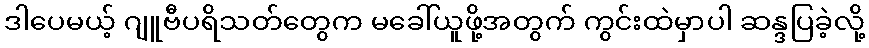
ဒါပေမယ့် ဂျူဗီပရိသတ်တွေက မခေါ်ယူဖို့အတွက် ကွင်းထဲမှာပါ ဆန္ဒပြခဲ့လို့